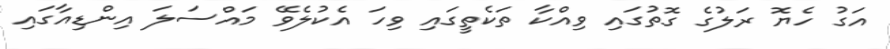
އަގު ހެޔޮ ރަލުގެ ގޮތުގައި ވިއްކާ ތަކެތީގައި ވިހަ އެކުލެވޭ މައްސަލަ އިންޑިއާގައި